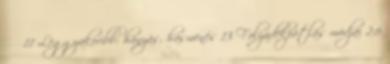
↑↑ 11 Leggyakoribb: hányás, hasmenés 13 Folyadékpótlás módjai 2,6